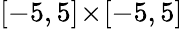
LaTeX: [-5,5]\! \times\! [-5,5]